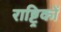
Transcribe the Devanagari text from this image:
राष्ट्रिकों